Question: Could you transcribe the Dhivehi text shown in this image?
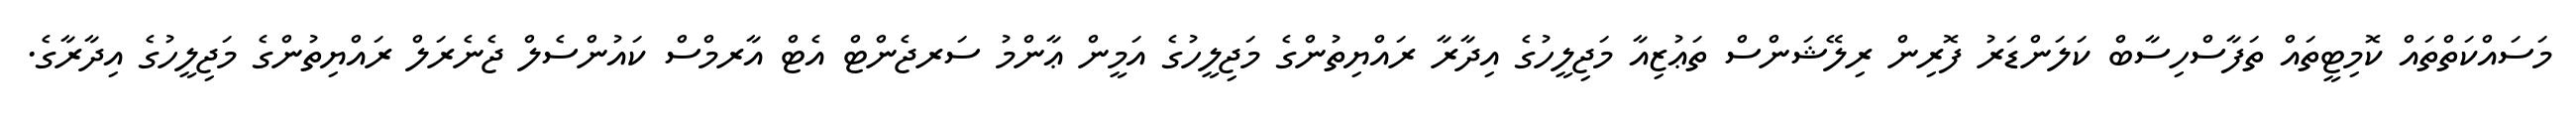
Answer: މަސައްކަތްތައް ކޮމިޓީތައް ތަފާސްހިސާބް ކަލަންޑަރު ފޮރިން ރިލޭޝަންސް ތަޢުޒިއާ މަޖިލީހުގެ އިދާރާ ރައްޔިތުންގެ މަޖިލީހުގެ އަމީން ޢާންމު ސަރޖެންޓް އެޓް އާރމްސް ކައުންސެލް ޖެނެރަލް ރައްޔިތުންގެ މަޖިލީހުގެ އިދާރާގެ.